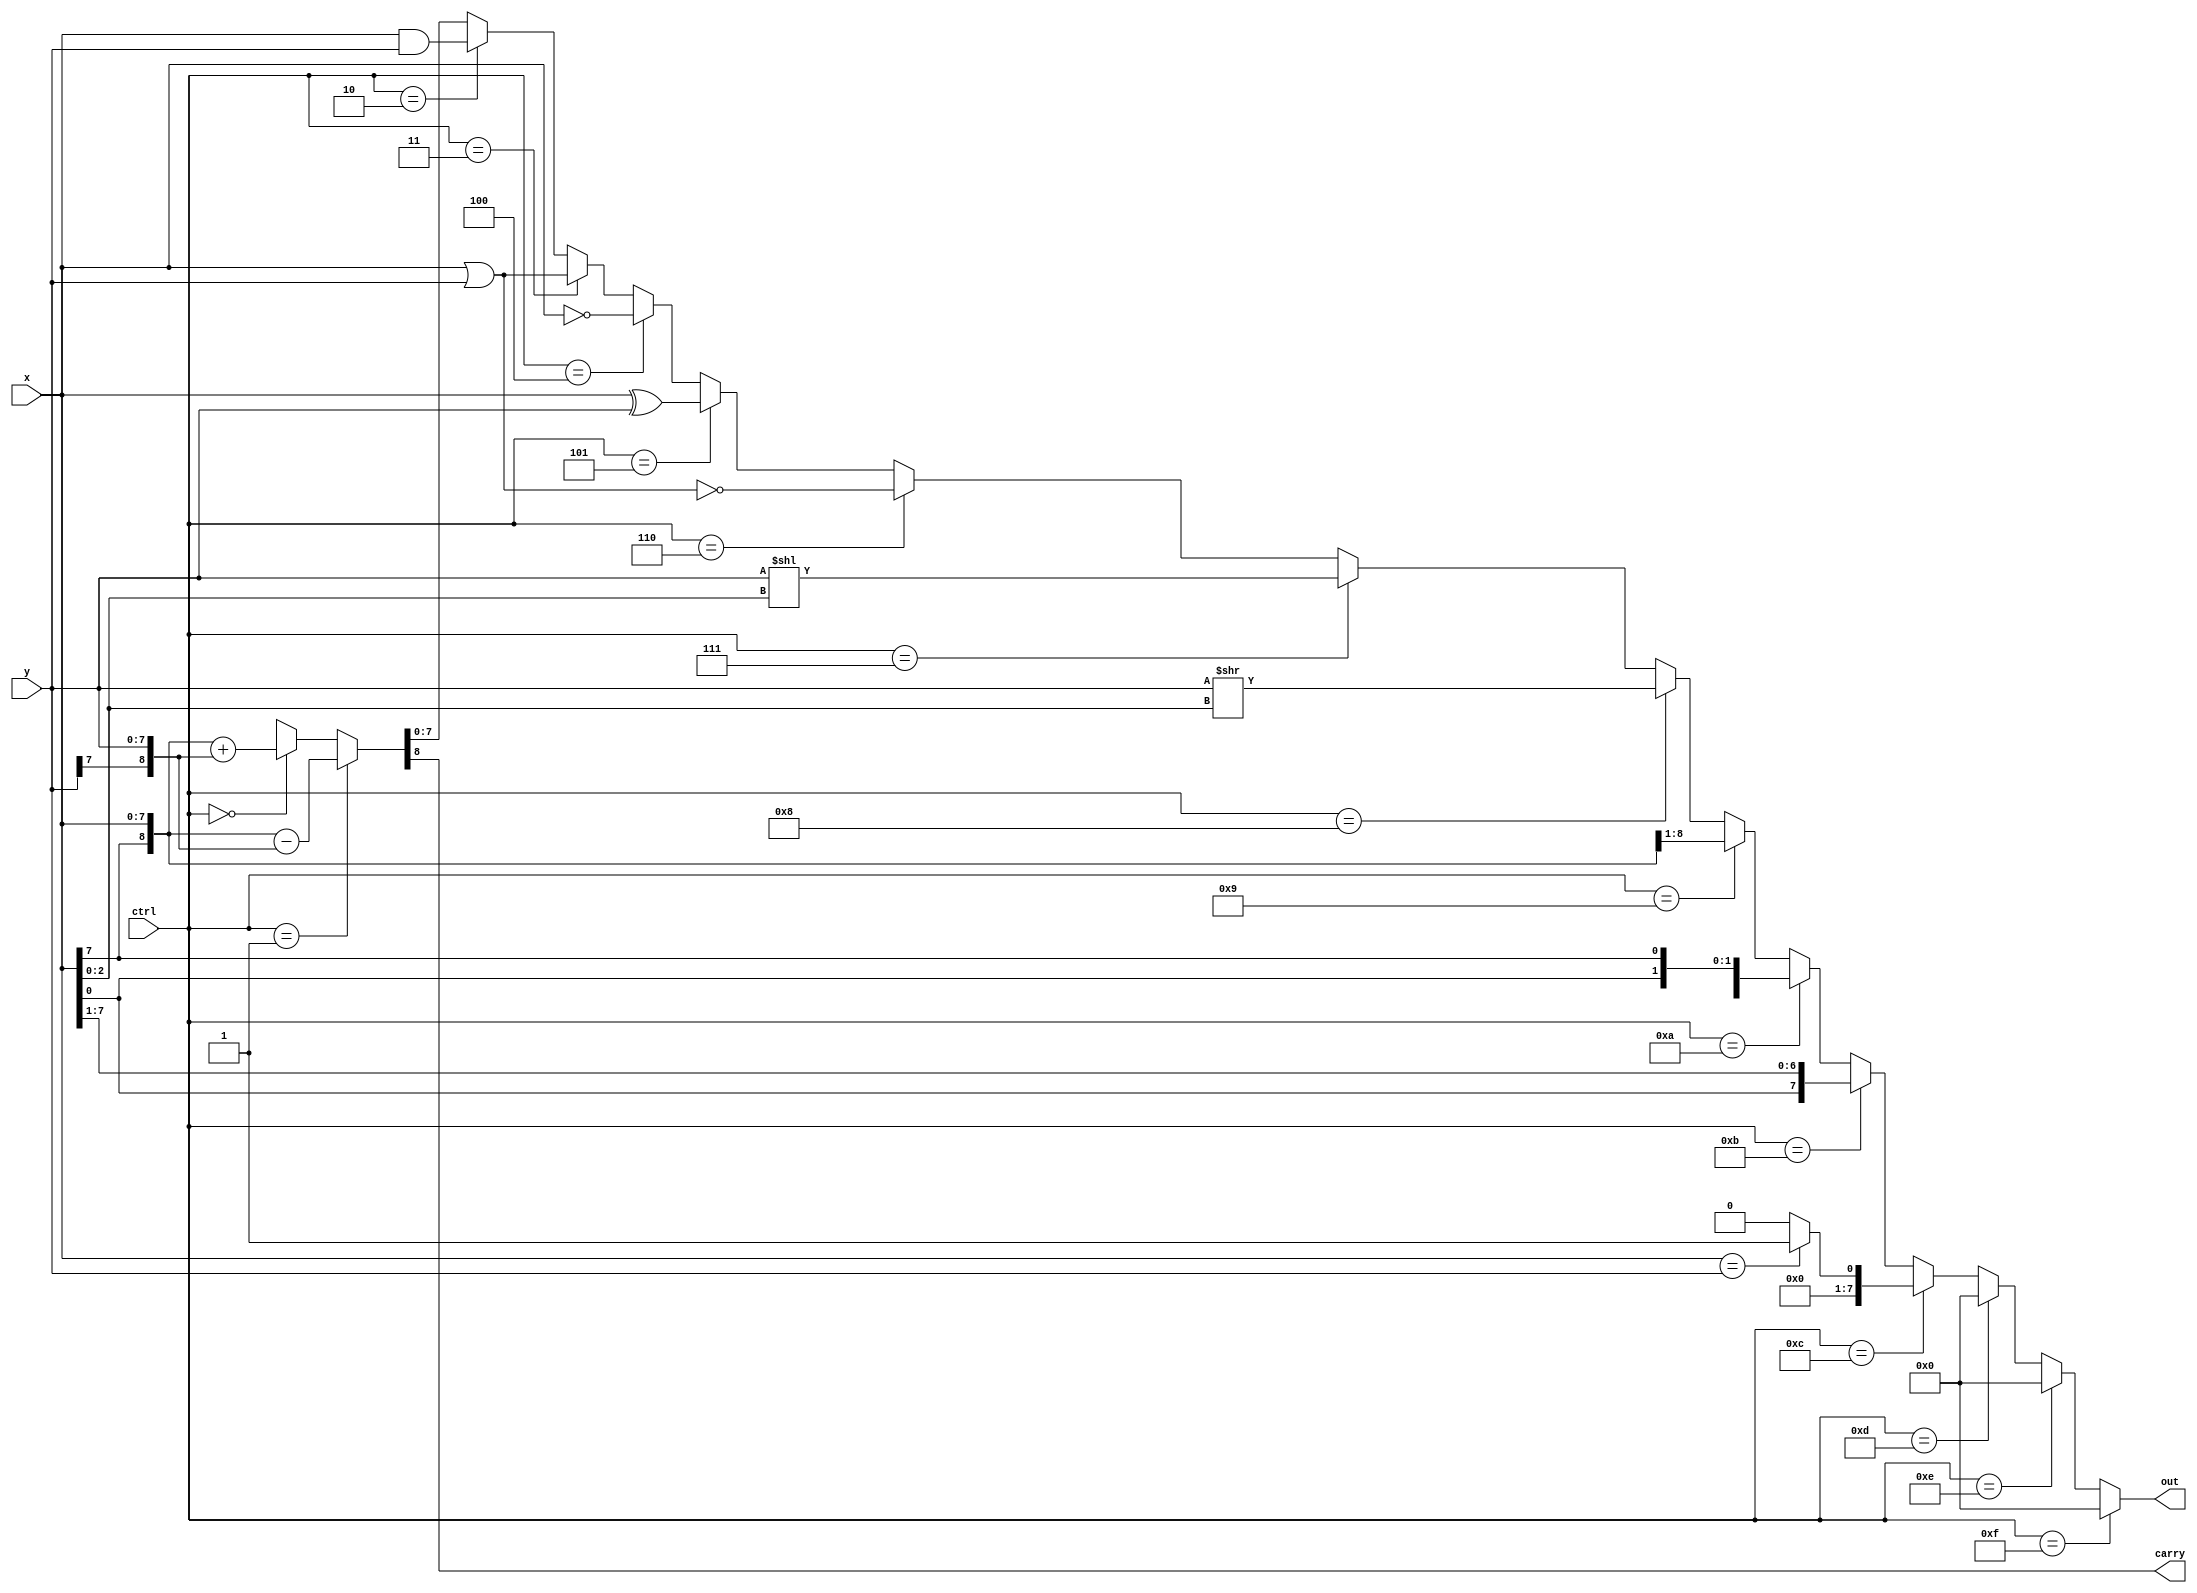
//RTL (use continuous assignment)
module alu_assign(
    ctrl,
    x,
    y,
    carry,
    out  
);
    
    input  [3:0] ctrl;
    input  [7:0] x;
    input  [7:0] y;
    output       carry;
    output [7:0] out;
    wire carry2, carry3;
    wire [7:0] out2, out3, out4, out5, out6, out7, out8, out9, out10, out11, out12, out13, out14, out15, out16, out17;
    
    assign {carry2,out2} = (ctrl==4'b0000)?({x[7],x}+{y[7],y}):9'bx;
    assign {carry3,out3} = (ctrl==4'b0001)?({x[7],x}-{y[7],y}):{carry2,out2};
    assign out4 = (ctrl==4'b0010)?x&y:out3;
    assign out5 = (ctrl==4'b0011)?x|y:out4;
    assign out6 = (ctrl==4'b0100)?~x:out5;
    assign out7 = (ctrl==4'b0101)?x^y:out6;
    assign out8 = (ctrl==4'b0110)?~(x|y):out7;
    assign out9 = (ctrl==4'b0111)?y<<x[2:0]:out8;
    assign out10 = (ctrl==4'b1000)?y>>x[2:0]:out9;
    assign out11 = (ctrl==4'b1001)?{x[7],x[7:1]}:out10;
    assign out12 = (ctrl==4'b1010)?{x[6:0],x[7]}:out11;
    assign out13 = (ctrl==4'b1011)?{x[0],x[7:1]}:out12;
    assign out14 = (ctrl==4'b1100)?((x==y)?1:0):out13;
    assign out15 = (ctrl==4'b1101)?0:out14;
    assign out16 = (ctrl==4'b1110)?0:out15;
    assign out17 = (ctrl==4'b1111)?0:out16;
    assign out = out17;
    assign carry = carry3;
endmodule